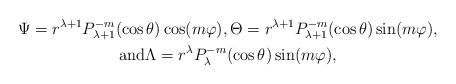
LaTeX: \begin{align*} \begin{gathered} \Psi = r^{\lambda+1} P^{-m}_{\lambda+1}(\cos\theta) \cos(m\varphi), \Theta = r^{\lambda+1} P^{-m}_{\lambda+1}(\cos\theta) \sin(m\varphi),\\ \mbox{and}\Lambda = r^{\lambda} P^{-m}_{\lambda}(\cos\theta) \sin(m\varphi),\end{gathered}\end{align*}